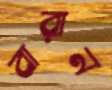
বারান